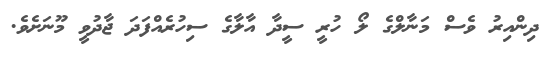
ދިންއިރު ވެސް މަނާލްގެ ލޯ ހުރީ ސީދާ އާލާގެ ސިހުރެއްފަދަ ޖާދުވީ މޫނަށެވެ.